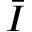
\bar { I }